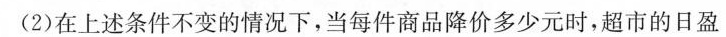
(2)在上述条件不变的情况下，当每件商品降价多少元时，超市的日盈